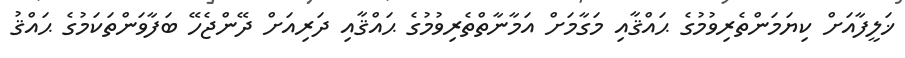
ޚަލީފާއަށް ކިޔަމަންތެރިވުމުގެ ޙައްޤާއި މަގާމަށް އަމާނާތްތެރިވުމުގެ ޙައްޤާއި ދަރިއަށް ދޭންޖެހޭ ބަފާވަންތަކަމުގެ ޙައްޤު